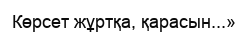
Көрсет жұртқа, қарасын...»